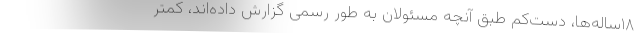
۱۸ساله‌ها، دست‌کم طبق آنچه مسئولان به طور رسمی گزارش داده‌اند، کمتر